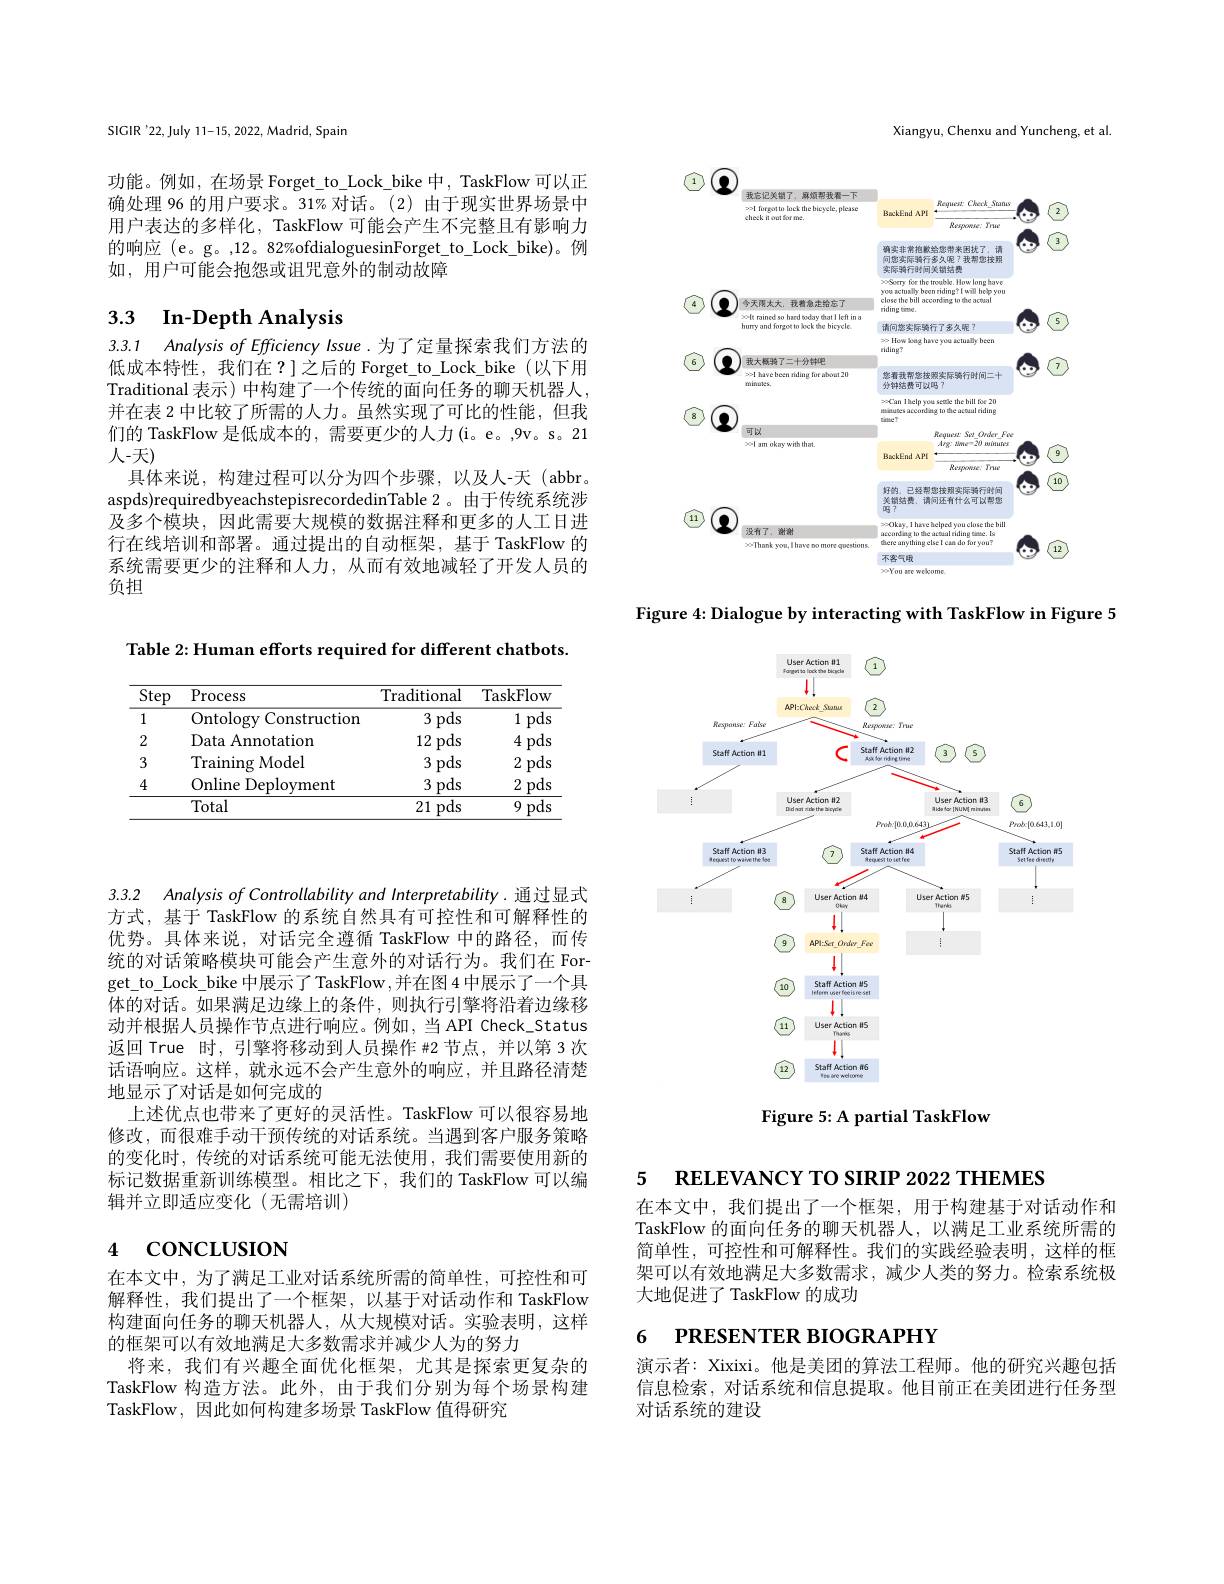
SIGIR'22, July 11-15, 2022, Madrid, Spain

功能。例如，在场景 Forget\_to\_Lock\_bike 中，TaskFlow 可以正确处理 96 的用户要求。31% 对话。(2) 由于现实世界场景中用户表达的多样化，TaskFlow 可能会产生不完整且有影响力的响应(e。g。,12。82%ofdialoguesinForget\_to\_Lock\_bike)。例如，用户可能会抱怨或诅咒意外的制动故障

# 3.3 $\textbf{In- Depth Analysis}$

3.3.1 Analysis of Efficiency Issue. 为了定量探索我们方法的低成本特性，我们在？]之后的 Forget\_to\_Lock\_bike(以下用Traditional 表示) 中构建了一个传统的面向任务的聊天机器人， 并在表 2 中比较了所需的人力。虽然实现了可比的性能，但我们的 TaskFlow 是低成本的，需要更少的人力(i。e。,9v。s。21人-天)
具体来说，构建过程可以分为四个步骤，以及人-天(abbr。aspds)requiredbyeachstepisrecordedinTable 2。由于传统系统涉及多个模块，因此需要大规模的数据注释和更多的人工日进行在线培训和部署。通过提出的自动框架，基于 TaskFlow 的系统需要更少的注释和人力，从而有效地减轻了开发人员的负担

Xiangyu, Chenxu and Yuncheng, et al.

<FigureHere>

Figure 4: Dialogue by interacting with TaskFlow in Figure 5

<FigureHere>

Figure 5: A partial TaskFlow

Table 2: Human efforts required for different chatbots.

<table>
	<tbody>
		<tr>
			<th>$\overline{\mathrm{Step}}$</th>
			<th>Process</th>
			<th>Traditional</th>
			<th>TaskFlow</th>
		</tr>
		<tr>
			<td>1</td>
			<td>Ontology Construction</td>
			<td>3 pds</td>
			<td>1 pds</td>
		</tr>
		<tr>
			<td>2</td>
			<td>Data Annotation</td>
			<td>12 pds</td>
			<td>4 pds</td>
		</tr>
		<tr>
			<td>3</td>
			<td>Training $r$ Model</td>
			<td>pds 3</td>
			<td>2 pds</td>
		</tr>
		<tr>
			<td rowspan="2">4</td>
			<td>Online Deployment</td>
			<td>pds 3</td>
			<td>2 pds</td>
		</tr>
		<tr>
			<td>Total</td>
			<td>21 pds</td>
			<td>9 pds</td>
		</tr>
	</tbody>
</table>

3.3.2 AnalysisofControllability and Interpretability. 通过显式

方式，基于 TaskFlow 的系统自然具有可控性和可解释性的优势。具体来说，对话完全遵循 TaskFlow 中的路径，而传统的对话策略模块可能会产生意外的对话行为。我们在 Forget\_to\_Lock\_bike\_中展示了TaskFlow ,并在图 4 中展示了一个具体的对话。如果满足边缘上的条件，则执行引擎将沿着边缘移动并根据人员操作节点进行响应。例如，当 API Check\_Status 返回 True 时，引擎将移动到人员操作 #2 节点，并以第 3 次话语响应。这样，就永远不会产生意外的响应，并且路径清楚地显示了对话是如何完成的
上述优点也带来了更好的灵活性。TaskFlow 可以很容易地修改，而很难手动干预传统的对话系统。当遇到客户服务策略的变化时，传统的对话系统可能无法使用，我们需要使用新的标记数据重新训练模型。相比之下，我们的 TaskFlow 可以编辑并立即适应变化(无需培训)

# 4 coNCLUSION

在本文中，为了满足工业对话系统所需的简单性，可控性和可解释性，我们提出了一个框架，以基于对话动作和 TaskFlow 构建面向任务的聊天机器人，从大规模对话。实验表明，这样的框架可以有效地满足大多数需求并减少人为的努力
将来，我们有兴趣全面优化框架，尤其是探索更复杂的TaskFlow 构造方法。此外，由于我们分别为每个场景构建TaskFlow, 因此如何构建多场景 TaskFlow 值得研究

5 RELEVANCY TO SIRIP 2022 THEMES

在本文中，我们提出了一个框架，用于构建基于对话动作和TaskFlow 的面向任务的聊天机器人，以满足工业系统所需的简单性，可控性和可解释性。我们的实践经验表明，这样的框架可以有效地满足大多数需求，减少人类的努力。检索系统极大地促进了 TaskFlow 的成功

## 6 PRESENTER BIOGRAPHY

演示者：Xixixi。他是美团的算法工程师。他的研究兴趣包括信息检索，对话系统和信息提取。他目前正在美团进行任务型对话系统的建设